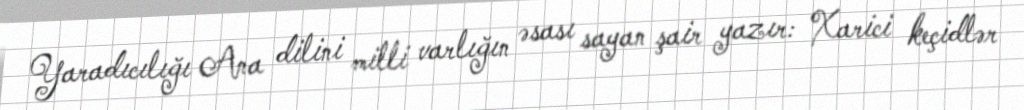
Yaradıcılığı Ana dilini milli varlığın əsası sayan şair yazır: Xarici keçidlər